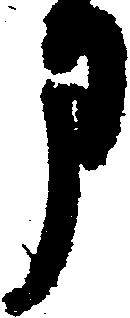
申